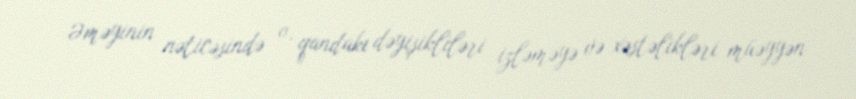
Əməyinin nəticəsində o, qandakı dəyişikliləri izləməyə və xəstəlikləri müəyyən